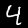
Digit: 4